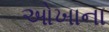
ઓખાના